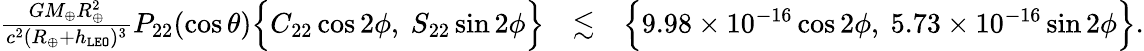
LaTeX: \begin{array}{rlr}{\frac{GM_{\oplus}R_{\oplus}^{2}}{c^{2}(R_{\oplus}+h_{\tt LEO})^{3}}P_{22}(\cos\theta)\Big\{ C_{22}\cos 2\phi,~S_{22}\sin 2\phi\Big\} }&{\lesssim}&{\Big\{ 9.98\times 10^{-16}\cos 2\phi,~5.73\times 10^{-16}\sin 2\phi\Big\} .}\end{array}